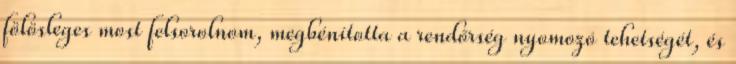
fölösleges most felsorolnom, megbénította a rendőrség nyomozó tehetségét, és